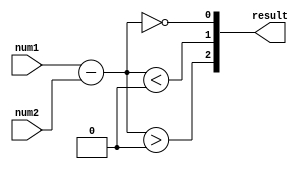
module unsigned_comparator (
	input [2:0] num1,
	input [2:0] num2,
	output [2:0] result
);
	
	wire [3:0] diff;
	wire equal, less_than, greater_than;
	
	assign diff = num1 - num2;
	assign equal = (diff == 0);
	assign less_than = (diff < 0);
	assign greater_than = (diff > 0);
	
	assign result[0] = equal;
	assign result[1] = less_than;
	assign result[2] = greater_than;
	
endmodule